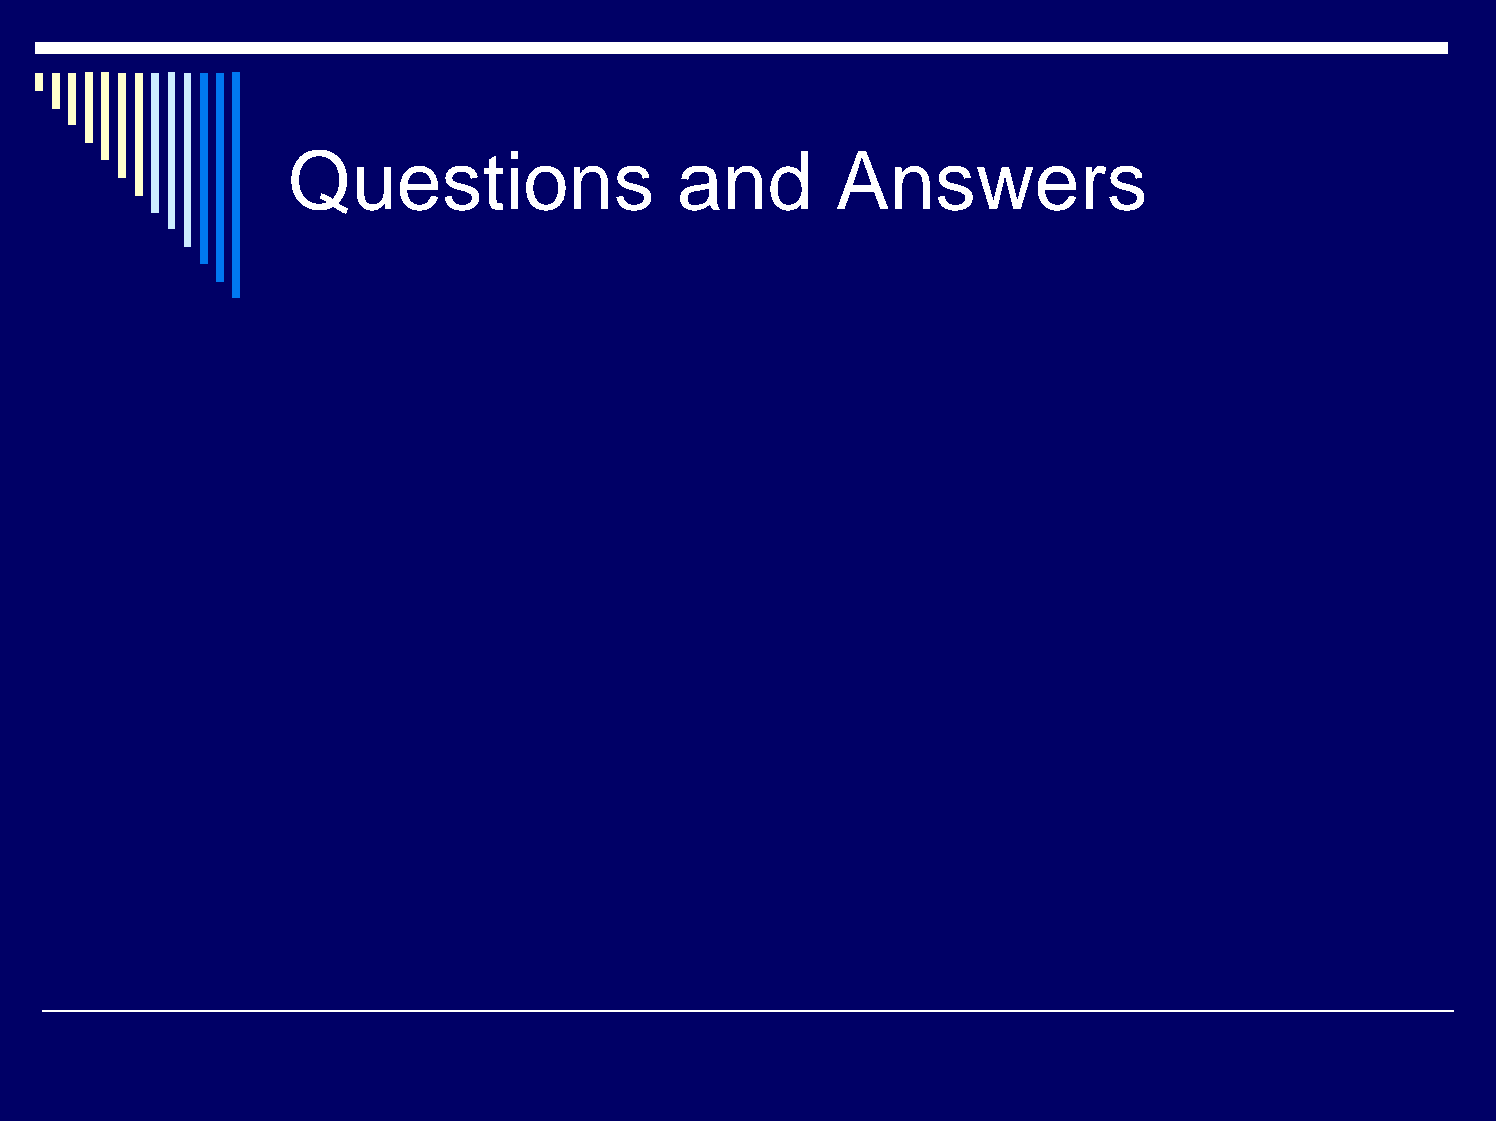
Questions                 and       Answers